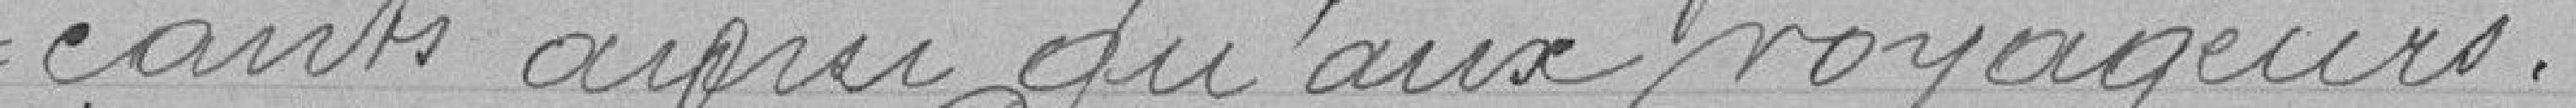
çants ainsi qu'aux voyageurs.